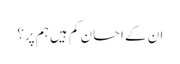
ان کے احسان کم ہیں ہم پر؟